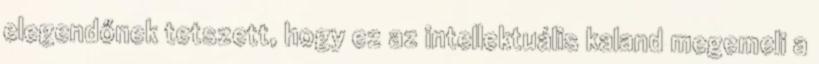
elegendőnek tetszett, hogy ez az intellektuális kaland megemeli a